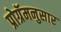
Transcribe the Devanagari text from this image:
प्रोग्रॅमनुसार